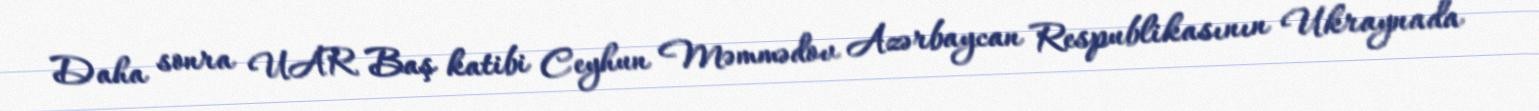
Daha sonra UAR Baş katibi Ceyhun Məmmədov Azərbaycan Respublikasının Ukraynada